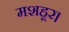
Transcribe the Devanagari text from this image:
मशहूर।